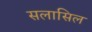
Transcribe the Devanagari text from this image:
सलासिल